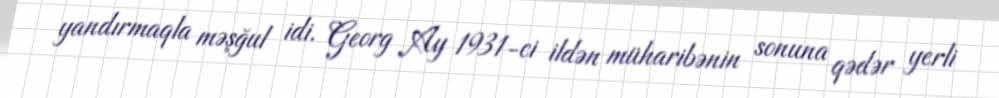
yandırmaqla məşğul idi. Georg Ay 1931-ci ildən müharibənin sonuna qədər yerli